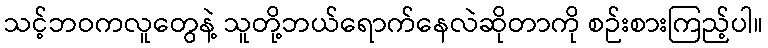
သင့်ဘဝကလူတွေနဲ့ သူတို့ဘယ်ရောက်နေလဲဆိုတာကို စဉ်းစားကြည့်ပါ။